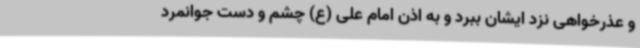
و عذرخواهی نزد ایشان ببرد و به اذن امام علی (ع) چشم و دست جوانمرد